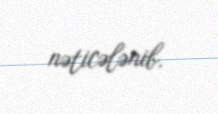
nəticələnib.